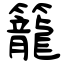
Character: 籠